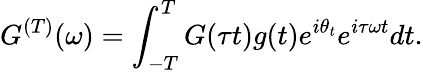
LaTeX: {G}^{(T)}(\omega)=\int_{-T}^{T}G(\tau t)g(t)e^{i\theta_{t}}e^{i\tau\omega t}dt.